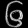
Digit: ၆